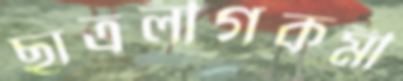
ছাত্রলীগকর্মী